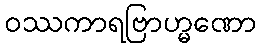
ဝဿကာရဗြာဟ္မဏော